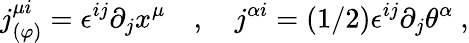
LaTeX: j_{(\varphi)}^{\mu i}=\epsilon^{ij}\partial_{j}x^{\mu}\quad,\quad j^{\alpha i}=(1/2)\epsilon^{ij}\partial_{j}\theta^{\alpha}\ ,